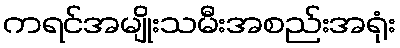
ကရင်အမျိုးသမီးအစည်းအရုံး